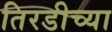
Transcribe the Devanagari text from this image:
तिरडीच्या